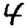
Digit: 4